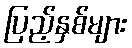
ပြည့်နှစ်များ